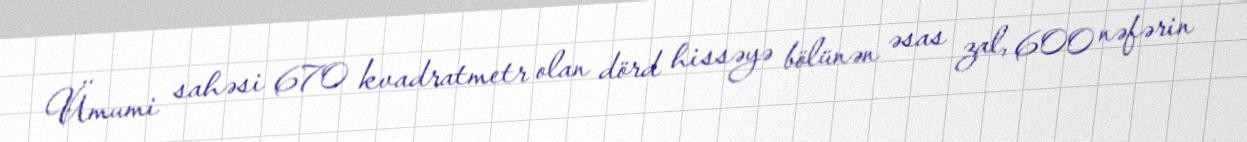
Ümumi sahəsi 670 kvadratmetr olan dörd hissəyə bölünən əsas zal, 600 nəfərin